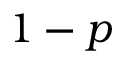
1 - p